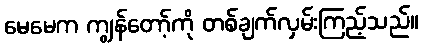
မေမေက ကျွန်တော့်ကို တစ်ချက်လှမ်းကြည့်သည်။